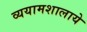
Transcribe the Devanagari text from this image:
व्ययामशालाये